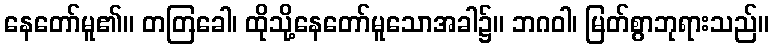
နေတော်မူ၏။ တတြခေါ၊ ထိုသို့နေတော်မူသောအခါ၌။ ဘဂဝါ၊ မြတ်စွာဘုရားသည်။